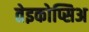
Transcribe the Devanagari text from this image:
तेइकोप्सिअ